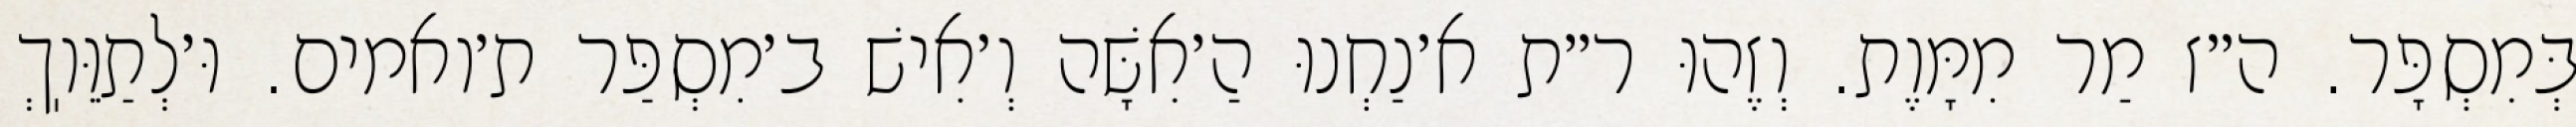
בְּמִסְפָּר. ה״ז מַר מִמָּוֶת. וְזֶהוּ ר״ת א׳נַחְנוּ הַ׳אִשָּׁה וְ׳אִישׁ ב׳מִסְפַּר ת׳ואמים. וּ׳לְתַוֵּוֽךְ